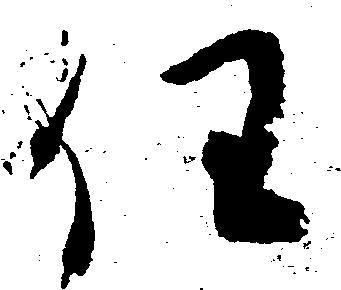
任